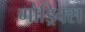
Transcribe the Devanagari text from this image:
गौड्रिक्स